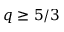
q \geq 5 / 3